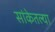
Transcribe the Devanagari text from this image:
सांकेतल्या